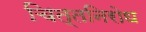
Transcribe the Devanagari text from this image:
चित्तनिरोध